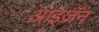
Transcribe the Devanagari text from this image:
आइज़ॅन